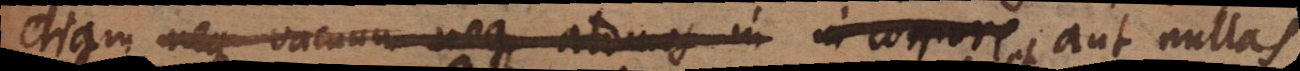
etiam neque vacuum neque atomos in in corpore aut nullas